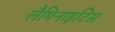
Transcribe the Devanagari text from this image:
लैमिनाइटिस